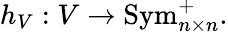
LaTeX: h_{V}:V\to\operatorname{Sym}_{n\times n}^{+}.